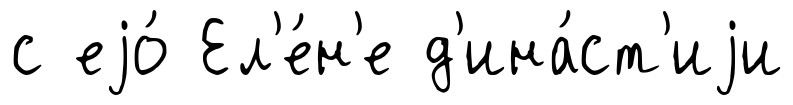
с еjо́ Ел'е́н'е д'ина́ст'иjи